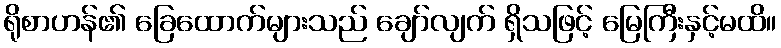
ရိုစာဟန်၏ ခြေထောက်များသည် ချော်လျက် ရှိသဖြင့် မြေကြီးနှင့်မထိ။